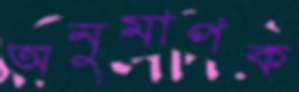
অনুমাপক